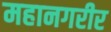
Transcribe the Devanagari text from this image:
महानगरीर